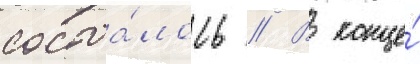
состоа́лось // В конце́